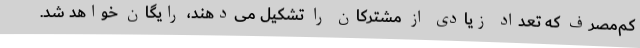
کم‌مصرف که تعداد زیادی از مشترکان را تشکیل می‌دهند، رایگان خواهد شد.